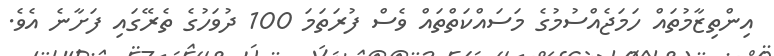
އިންތިޒާމުތައް ހަމަޖެއްސުމުގެ މަސައްކަތްތައް ވެސް ފުރަތަމަ 100 ދުވަހުގެ ތެރޭގައި ފަށާނެ އެވެ.